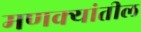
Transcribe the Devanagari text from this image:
मणक्यांतील